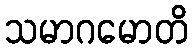
သမာဂမောတိ